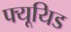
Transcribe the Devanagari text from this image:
फ्यूयिड